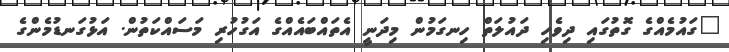
"ގައުމެއްގެ ގޮތުގައި ދިވެހި ދައުލަތް ހިނގަމުން މިދަނީ އެތައްބައެއްގެ އަގުހުރި މަސައްކަތުން. އަޅުގަނޑުމެންގެ